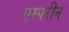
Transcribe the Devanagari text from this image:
एस्परीन